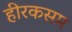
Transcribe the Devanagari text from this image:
हीरकसम